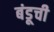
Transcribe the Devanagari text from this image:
बंडूची